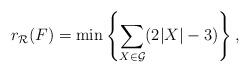
LaTeX: \begin{align*}r_{\mathcal R}(F)=\min\left\{\sum_{X\in\mathcal{G}} (2|X|-3) \right\},\end{align*}